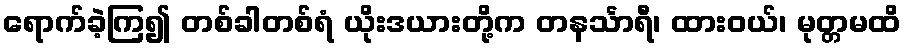
ရောက်ခဲ့ကြ၍ တစ်ခါတစ်ရံ ယိုးဒယားတို့က တနင်္သာရီ၊ ထားဝယ်၊ မုတ္တမထိ